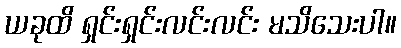
ယခုထိ ရှင်းရှင်းလင်းလင်း မသိသေးပါ။